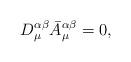
LaTeX: \begin{align*}D_\mu^{\alpha\beta}\bar A_\mu^{\alpha\beta}=0,\end{align*}